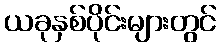
ယခုနှစ်ပိုင်းများတွင်